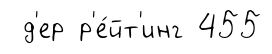
д'ер р'е́йт'инг 455